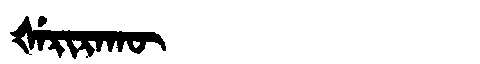
Manchu: ᡧᡝᡵᡳᡵᠠᡴᡡ
Romanization: ŠERIRAKŪ